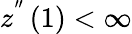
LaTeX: z^{^{\prime\prime}}\left(1\right)<\infty